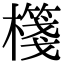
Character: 𣝕